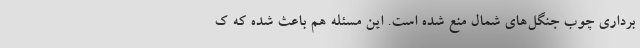
برداری چوب جنگل‌های شمال منع شده ‌است. این مسئله هم باعث شده که ک